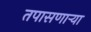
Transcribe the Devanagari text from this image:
तपासणार्‍या